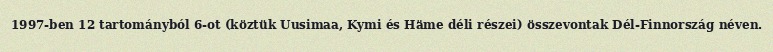
1997-ben 12 tartományból 6-ot (köztük Uusimaa, Kymi és Häme déli részei) összevontak Dél-Finnország néven.